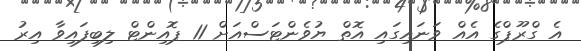
އެ ގްރޫޕްގެ އެއް ވަނައިގައި އޮތް ޔުވެންޓަސްއަށް 11 ޕޮއިންޓް ލިބިފައިވާ އިރު